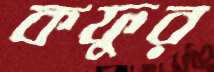
কফুর